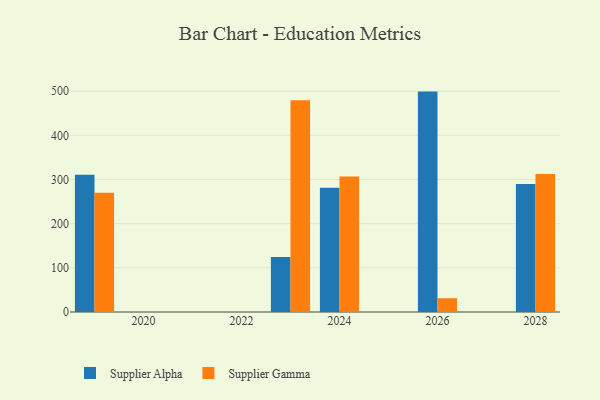
{"axis": {"x": "Year", "y": "Market Share (%)"}, "legend": ["Supplier Alpha", "Supplier Gamma"], "data": [{"x": "2026", "y": 499.0, "type": "Supplier Alpha"}, {"x": "2026", "y": 31.2, "type": "Supplier Gamma"}, {"x": "2028", "y": 289.8, "type": "Supplier Alpha"}, {"x": "2028", "y": 312.2, "type": "Supplier Gamma"}, {"x": "2019", "y": 310.7, "type": "Supplier Alpha"}, {"x": "2019", "y": 269.9, "type": "Supplier Gamma"}, {"x": "2023", "y": 124.4, "type": "Supplier Alpha"}, {"x": "2023", "y": 479.5, "type": "Supplier Gamma"}, {"x": "2024", "y": 281.3, "type": "Supplier Alpha"}, {"x": "2024", "y": 306.5, "type": "Supplier Gamma"}]}